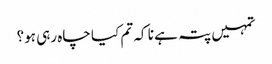
تمہیں پتہ ہے نا کہ تم کیا چاہ رہی ہو؟